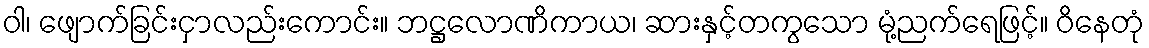
ဝါ၊ ဖျောက်ခြင်းငှာလည်းကောင်း။ ဘဋ္ဌလောဏိကာယ၊ ဆားနှင့်တကွသော မုံ့ညက်ရေဖြင့်။ ဝိနေတုံ